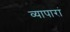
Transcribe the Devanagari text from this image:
व्यापारां